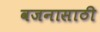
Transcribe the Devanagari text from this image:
वजनासाठी